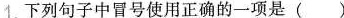
1.下列句子中冒号使用正确的一项是()